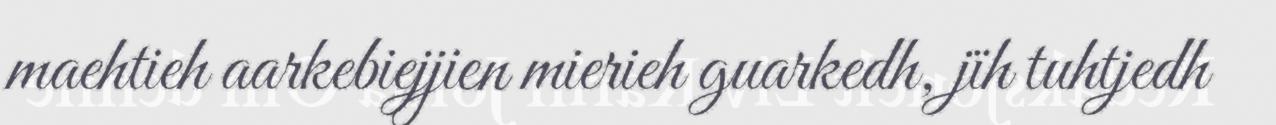
maehtieh aarkebiejjien mierieh guarkedh, jïh tuhtjedh